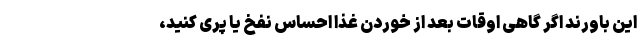
این باورند اگر گاهی اوقات بعد از خوردن غذا احساس نفخ یا پُری کنید،